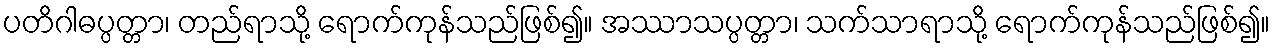
ပတိဂါဓပ္ပတ္တာ၊ တည်ရာသို့ ရောက်ကုန်သည်ဖြစ်၍။ အဿာသပ္ပတ္တာ၊ သက်သာရာသို့ ရောက်ကုန်သည်ဖြစ်၍။